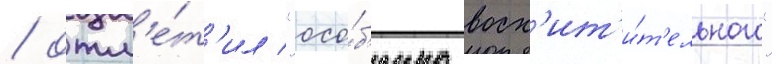
/ отм'е́т'ил "осо́б'енно восх'ит'и́т'ельного"